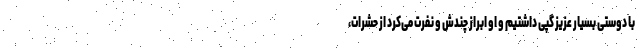
با دوستی بسیار عزیز گپی داشتیم و او ابراز چندش و نفرت می‌کرد از حشرات،